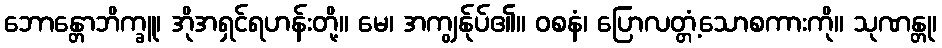
ဘောန္တောဘိက္ခူ၊ အိုအရှင်ရဟန်းတို့။ မေ၊ အကျွန်ုပ်၏။ ဝစနံ၊ ပြောလတ္တံ့သောစကားကို။ သုဏန္တု၊